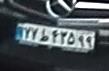
۷۷ط۴۳۵۹۹